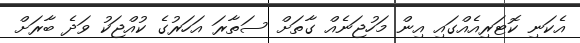
އެކަނި ކޮޓަރިއެއްގައި އިން މަހުޖަނެއް ގާތަށް ސަތާރަ އަހަރުގެ ކުއްޖަކު ވަދެ ބާރަށް